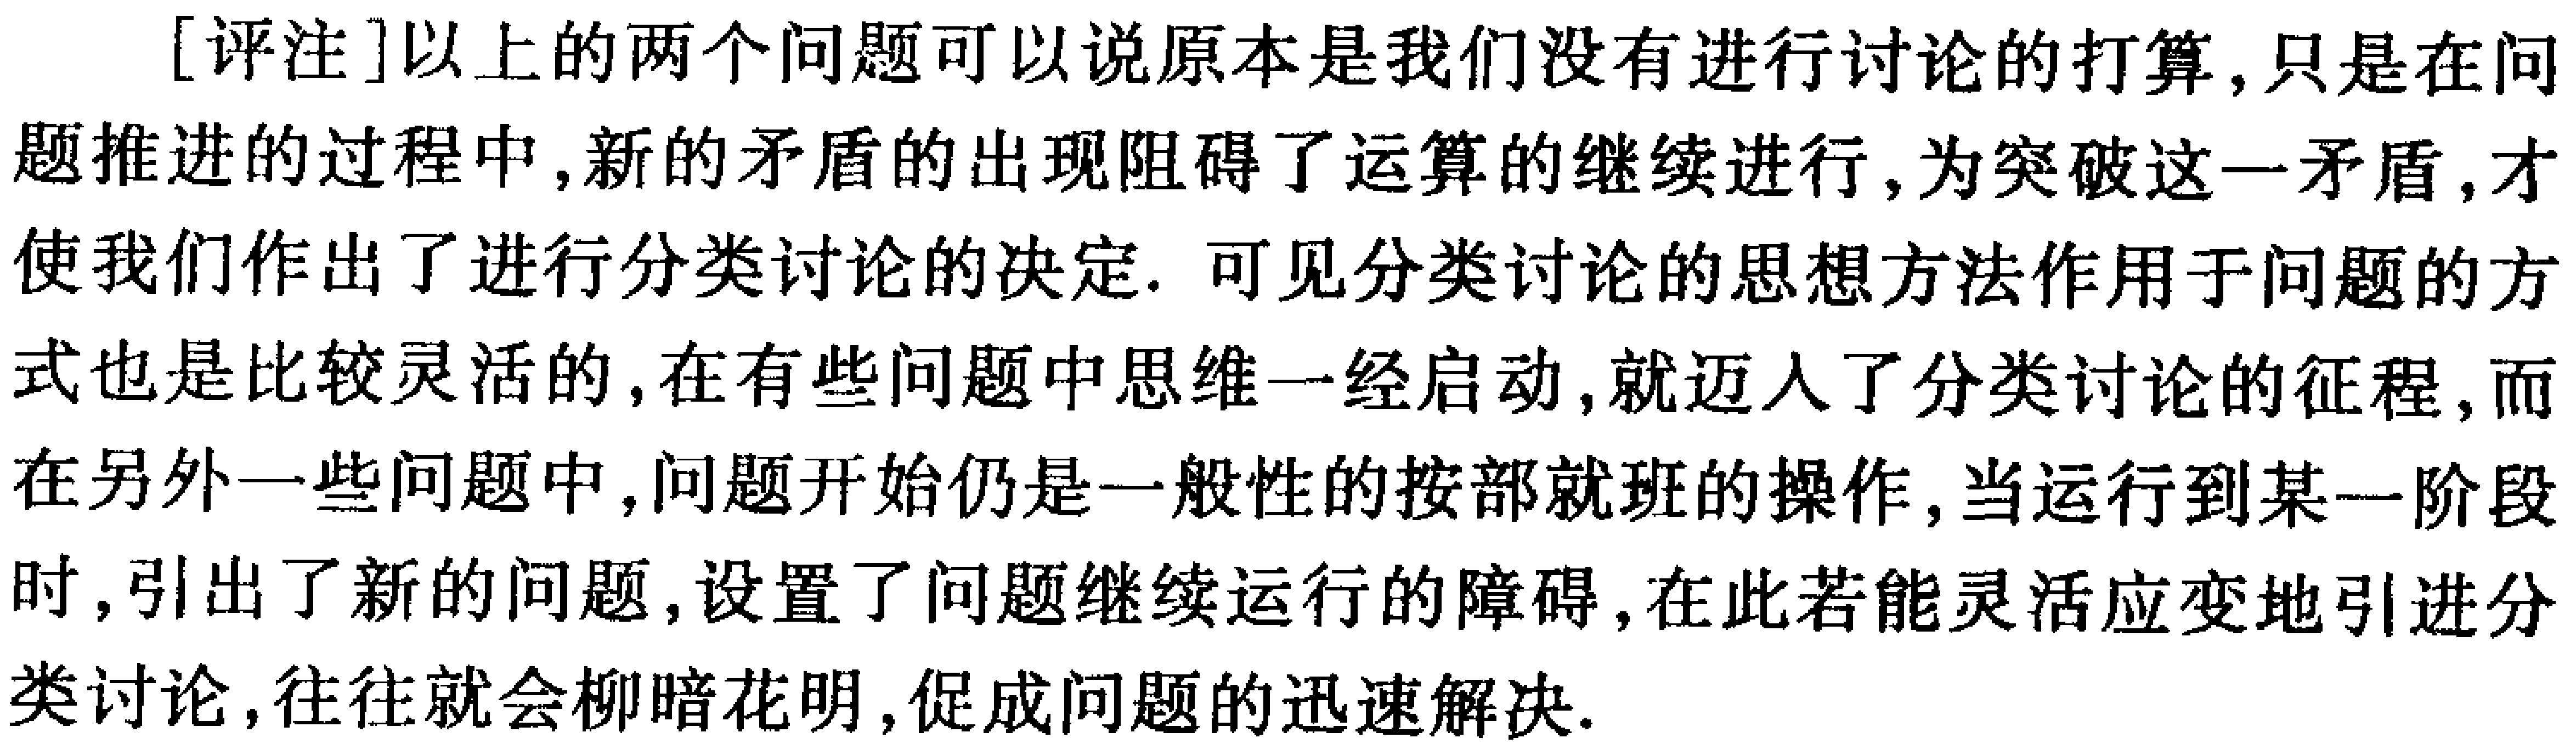
[评注]以上的两个问题可以说原本是我们没有进行讨论的打算,只是在问题推进的过程中,新的矛盾的出现阻碍了运算的继续进行,为突破这一矛盾,才使我们作出了进行分类讨论的决定. 可见分类讨论的思想方法作用于问题的方式也是比较灵活的,在有些问题中思维一经启动,就迈入了分类讨论的征程,而在另外一些问题中,问题开始仍是一般性的按部就班的操作,当运行到某一阶段时,引出了新的问题,设置了问题继续运行的障碍,在此若能灵活应变地引进分类讨论,往往就会柳暗花明,促成问题的迅速解决.